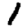
Digit: 1